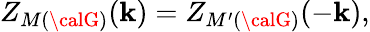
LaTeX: Z_{M({\calG)}}(\mathbf{k})=Z_{M^{\prime}({\calG)}}(-\mathbf{k}),